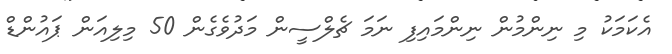
އެކަމަކު މި ނިންމުން ނިންމައިފި ނަމަ ޗެލްސީން މަދުވެގެން 50 މިލިއަން ޕައުންޑް